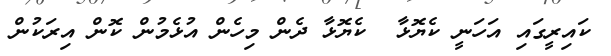
ކައިރީގައި އަހަނީ ކެޔޮޅާ  ކެޔޮޅާ ދެން މިހެން އުޅެމުން ކޮން އިރަކުން